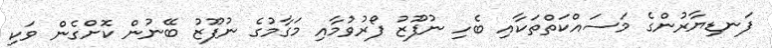
ފަނޑިޔާރުންގެ މަސައްކަތްތަކާއި ބެހި ނުފޫޒު ފޯރުވުމާއި މަގާމުގެ ނުފޫޒު ބޭނުން ކޮށްގެން ވަކި